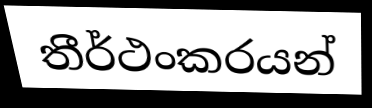
තීර්ථංකරයන්